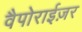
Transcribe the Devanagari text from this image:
वैपोराईज़र